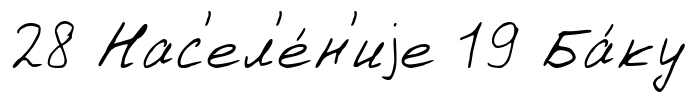
28 Нас'ел'е́н'иjе 19 Ба́ку